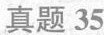
真题 35